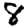
Digit: 8